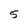
Character: 5